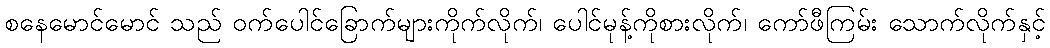
စနေမောင်မောင် သည် ဝက်ပေါင်ခြောက်များကိုက်လိုက်၊ ပေါင်မုန့်ကိုစားလိုက်၊ ကော်ဖီကြမ်း သောက်လိုက်နှင့်